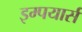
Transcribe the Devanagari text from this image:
इम्पयार्स